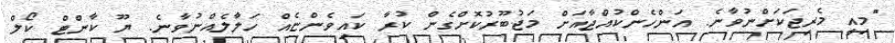
"މިއީ މެރިޖަކަށްނުވާނެ. އަންހެންކުއްޖާއަށް މަޖުބޫރުކޮށްގެން ކުރާ ކައިވެންޏެއް ހަލާލެއްނުވާނެ. ޔޫ ކާންޓް ކޯލް